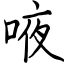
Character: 㖡